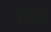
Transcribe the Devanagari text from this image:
तत्वज्ञाचे